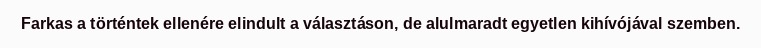
Farkas a történtek ellenére elindult a választáson, de alulmaradt egyetlen kihívójával szemben.